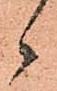
々